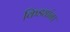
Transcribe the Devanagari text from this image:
किड्यांना